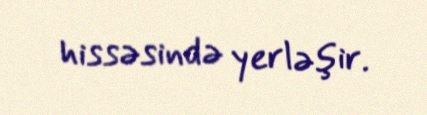
hissəsində yerləşir.